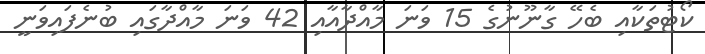
ކޯޓުތަކާއި ބެހޭ ގާނޫނުގެ 15 ވަނަ މާއްދާއާއި 42 ވަނަ މާއްދާގައި ބުނެފައިވަނީ